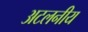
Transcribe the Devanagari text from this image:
अटलनीय